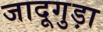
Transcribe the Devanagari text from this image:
जादूगुड़ा